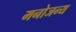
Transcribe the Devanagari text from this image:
मनोजन्य